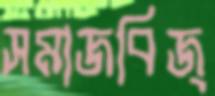
সমাজবিজ্